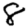
Digit: 8